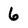
Character: 6